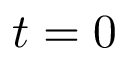
t = 0